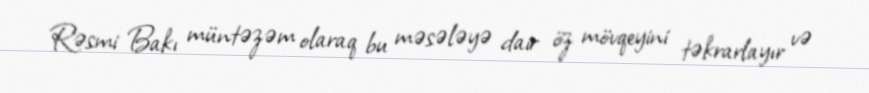
Rəsmi Bakı müntəzəm olaraq bu məsələyə dair öz mövqeyini təkrarlayır və